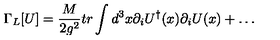
\Gamma _ { L } [ U ] = { \frac { M } { 2 g ^ { 2 } } } t r \int d ^ { 3 } x \partial _ { i } U ^ { \dagger } ( x ) \partial _ { i } U ( x ) + \ldots